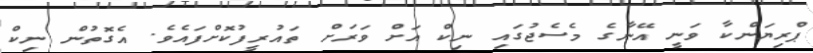
ޕްރިޔަންކާ ވަނީ އޭނާގެ މެސެޖުގައި ނިކް އަށް ވަރަށް ތައުރީފުކޮށްފައެވެ. އެގޮތުން ނިކް